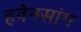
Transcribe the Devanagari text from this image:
हवेनसांग